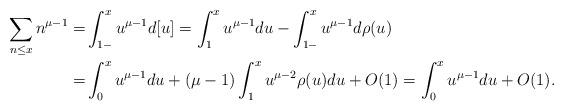
LaTeX: \begin{align*}\sum_{n\le x}n^{\mu-1}=&\int_{1-}^xu^{\mu-1}d[u]=\int_{1}^xu^{\mu-1}du-\int_{1-}^xu^{\mu-1}d\rho(u)\\=&\int_{0}^xu^{\mu-1}du+(\mu-1)\int_1^xu^{\mu-2}\rho(u)du+O(1)=\int_{0}^xu^{\mu-1}du+O(1).\end{align*}